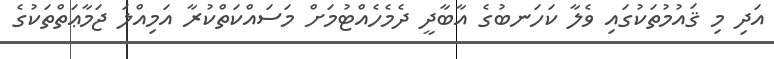
އަދި މި ޤައުމުތަކުގައި ވެލާ ކަހަނބުގެ އާބާދީ ދެމެހެއްޓުމަށް މަސައްކަތްކުރާ އަމިއްލަ ޖަމާޢަތްތަކުގެ